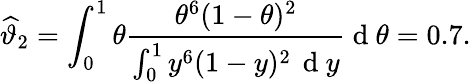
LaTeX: \widehat{\vartheta}_{2}=\int_{0}^{1}\theta\frac{\theta^{6}(1-\theta)^{2}}{\int_{0}^{1}y^{6}(1-y)^{2}\, \mathrm{~d~}y}\mathrm{~d~}\theta=0.7.